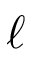
\ell